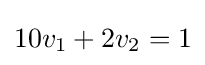
10v_{1}+2v_{2}=1